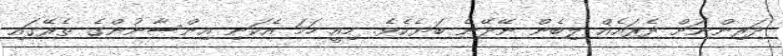
ދަރިންނަށް ދެރައެއް ލިބެން ނޭދޭނެ ބަޔެކެވެ. މިއީ ހަމަ އެކަނި އިންސާނުންގެ ތެރޭގައި